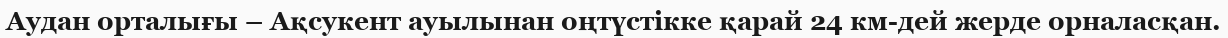
Аудан орталығы – Ақсукент ауылынан оңтүстікке қарай 24 км-дей жерде орналасқан.